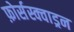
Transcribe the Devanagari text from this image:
फ़ोर्सस्क्वाड्रन